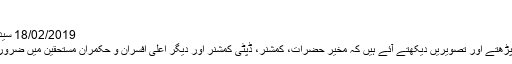
- ہم سب
18/02/2019 سید محمد اشتیاق n/b Views
بچپن سے اخبار میں خبریں پڑھتے اور تصویریں دیکھتے آئے ہیں کہ مخیر حضرات، کمشنر، ڈپٹی کمشنر اور دیگر اعلی افسران و حکمران مستحقین میں ضروری اشیاء تقسیم کر رہے ہیں۔